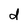
Character: d